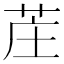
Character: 𫇺